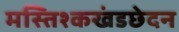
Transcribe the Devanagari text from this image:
मस्तिश्कखंडछेदन